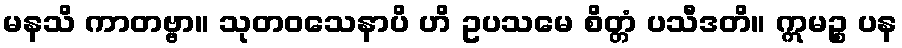
မနသိ ကာတဗ္ဗာ။ သုတဝသေနာပိ ဟိ ဥပသမေ စိတ္တံ ပသီဒတိ။ ဣမဉ္စ ပန